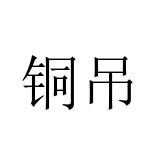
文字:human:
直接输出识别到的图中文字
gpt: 铜吊